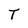
Character: T